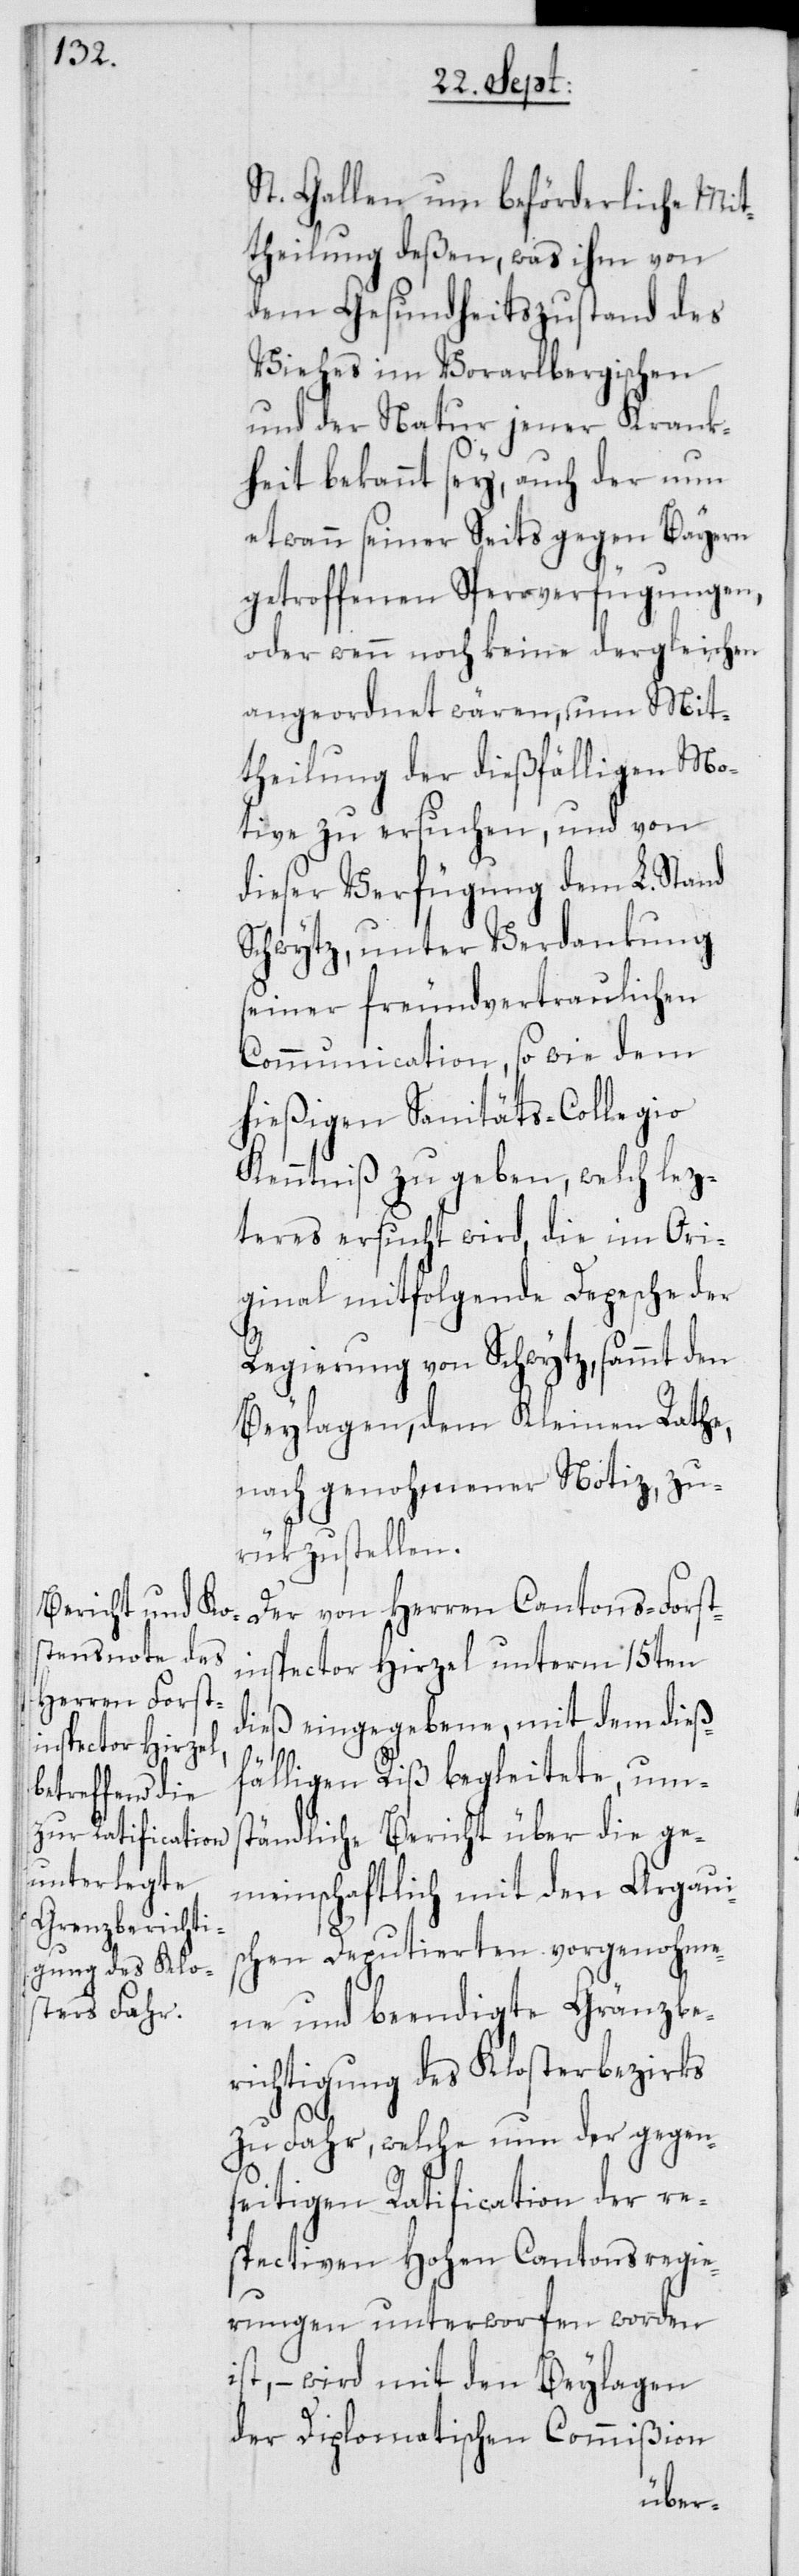
St. Gallen um beförderliche Mit¬
theilung deßen, was ihm von
dem Gesundheitszustand des
Viehes im Vorarlbergischen
und der Natur jener Krank¬
heit bekannt sey, auch der nun
etwann seiner Seits gegen Bayern
getroffenen Sperrverfügungen
oder wenn noch keine dergleichen
angeordnet wären, um Mit¬
theilung der dießfälligen Mo¬
tive zu ersuchen, und von
dieser Verfügung dem L. Stand
Schwytz, unter Verdankung
seiner freundvertraulichen
Communication, so wie dem
hießigen Sanitäts-Collegio
Kenntniß zu geben, welch lez¬
teres ersucht wird, die im Ori¬
ginal mitfolgende Depeche der
Regierung von Schwytz, sammt den
Beylagen, dem Kleinen Rathe,
nach genohmener Notiz, zu¬
rükzustellen.
Der von Herren Cantons-Forst¬
inspector Hirzel unterm 15ten
dieß eingegebene, mit dem dieß¬
fälligen Riß begleitete, ums¬
tändliche Bericht über die ge¬
meinschaftlich mit den Aargaui¬
schen Deputierten vorgenohme¬
ne und beendigte Gränzbe¬
richtigung des Klosterbezirks
zu Fahr, welche nun der gegen¬
seitigen Ratification der re¬
spectiven Hohen Cantonsregie¬
rungen unterworfen worden
ist, – wird mit den Beylagen
der Diplomatischen Commißion